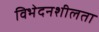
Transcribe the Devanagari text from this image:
विभेदनशीलता